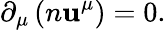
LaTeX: \partial_{\mu}\left(n\mathbf{u}^{\mu}\right)=0.